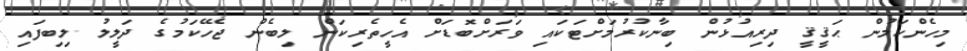
މިހެންކަމުން ޙަޤީޤީ ދިރިއުޅުން ބިނާކުރުމަށްޓަކައި ވަރަށްބޮޑަށް އެހީތެރިކަން ލިބެން ޖެހޭކަމުގެ ދަލީލު ލިބިފައި